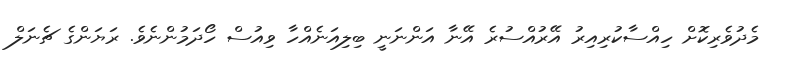
މެދުވެރިކޮށް ހިއްސާކުރިއިރު އޭރުއްސުރެ އޭނާ އަންނަނީ ބިލިއަނެއްހާ ވިއުސް ހޯދަމުންނެވެ. ރަޔަންގެ ޗެނަލް